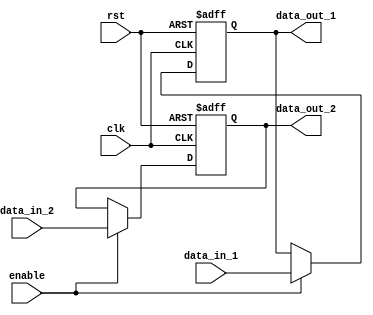
module bypass_register (
    input wire clk,
    input wire rst,
    input wire [7:0] data_in_1,
    input wire [7:0] data_in_2,
    input wire enable,
    output reg [7:0] data_out_1,
    output reg [7:0] data_out_2
);

reg [7:0] register_1;
reg [7:0] register_2;

always @(posedge clk or posedge rst) begin
    if (rst) begin
        register_1 <= 8'b0;
        register_2 <= 8'b0;
    end 
    else if(enable) begin
        register_1 <= data_in_1;
        register_2 <= data_in_2;
    end 
end

assign data_out_1 = register_1;
assign data_out_2 = register_2;

endmodule